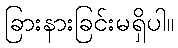
ခြားနားခြင်းမရှိပါ။